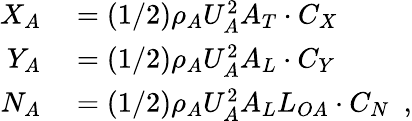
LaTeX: \begin{array}{r}{\begin{array}{rl}{X_{A}}&{{}=(1/2)\rho_{A}U_{A}^{2}A_{T}\cdot C_{X}}\\ {Y_{A}}&{{}=(1/2)\rho_{A}U_{A}^{2}A_{L}\cdot C_{Y}}\\ {N_{A}}&{{}=(1/2)\rho_{A}U_{A}^{2}A_{L}L_{OA}\cdot C_{N}\enspace,}\end{array}}\end{array}